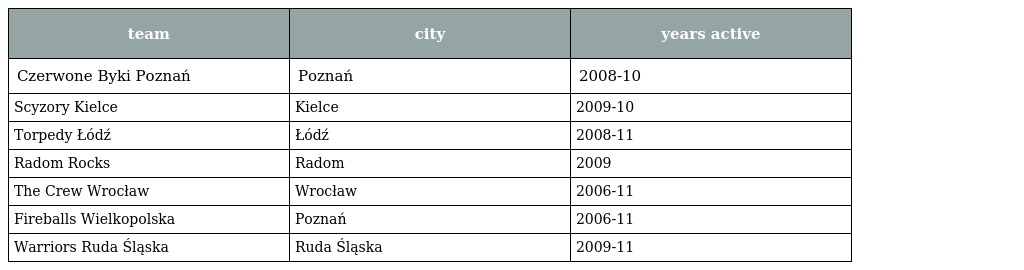
| team | city | years active |
 | --- | --- | --- |
 | Czerwone Byki Poznań | Poznań | 2008-10 |
 | Scyzory Kielce | Kielce | 2009-10 |
 | Torpedy Łódź | Łódź | 2008-11 |
 | Radom Rocks | Radom | 2009 |
 | The Crew Wrocław | Wrocław | 2006-11 |
 | Fireballs Wielkopolska | Poznań | 2006-11 |
 | Warriors Ruda Śląska | Ruda Śląska | 2009-11 |